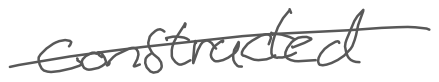
Text: constructed
Cross-out: single-line
Writing tool: digital_gray